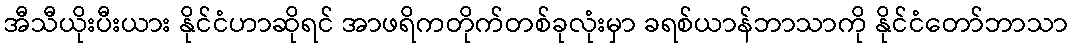
အီသီယိုးပီးယား နိုင်ငံဟာဆိုရင် အာဖရိကတိုက်တစ်ခုလုံးမှာ ခရစ်ယာန်ဘာသာကို နိုင်ငံတော်ဘာသာ